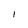
Character: 1